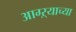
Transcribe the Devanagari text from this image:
आग्ऱ्याच्या